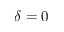
\delta = 0